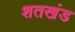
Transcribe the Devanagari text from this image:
शतखंड